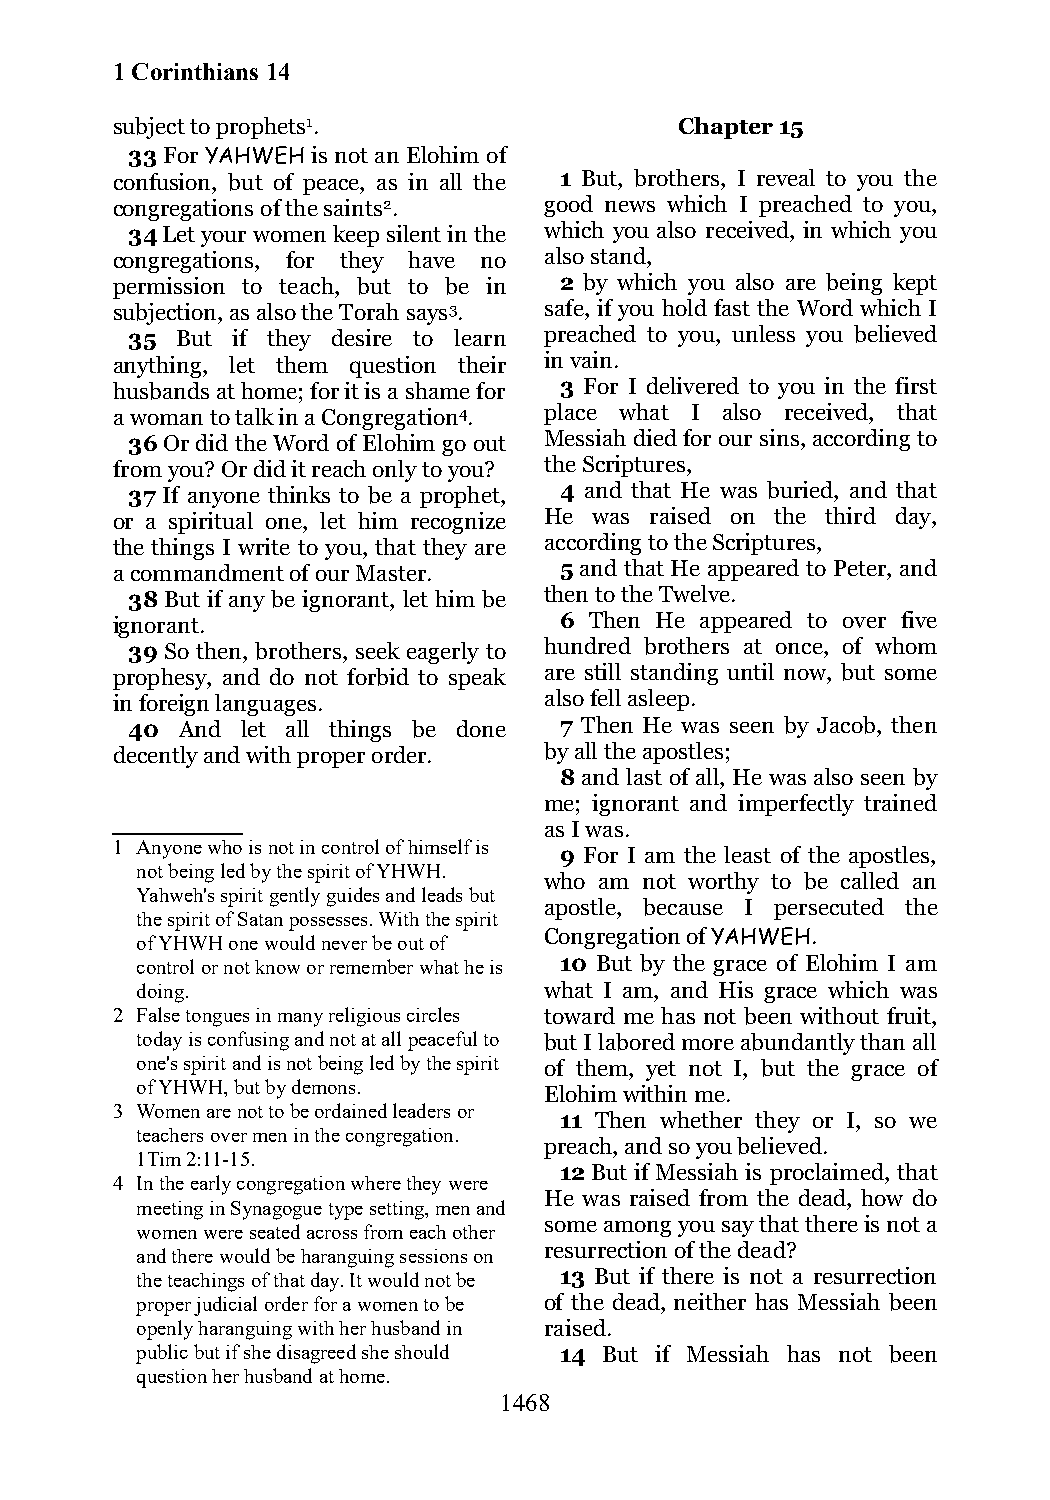
1 Corinthians 14
 subject to prophets1.                 Chapter 15
 33 For YAHWEH is not an Elohim of
 confusion, but of peace, as in all the 1 But, brothers, I reveal to you the
 congregations of the saints2. good news which I preached to you,
 34 Let your women keep silent in the which you also received, in which you
 congregations, for they have no also stand,
 permission to teach, but to be in 2 by which you also are being kept
 subjection, as also the Torah says3. safe, if you hold fast the Word which I
 35  But if they desire to learn preached to you, unless you believed
 anything, let them question their in vain.
 husbands at home; for it is a shame for 3 For I delivered to you in the first
 a woman to talk in a Congregation4. place what I also received, that
 36 Or did the Word of Elohim go out Messiah died for our sins, according to
 from you? Or did it reach only to you? the Scriptures,
 37 If anyone thinks to be a prophet, 4 and that He was buried, and that
 or a spiritual one, let him recognize He was raised on the third day,
 the things I write to you, that they are according to the Scriptures,
 a commandment of our Master.  5 and that He appeared to Peter, and
 38 But if any be ignorant, let him be then to the Twelve.
 ignorant.                     6 Then He appeared to over five
 39 So then, brothers, seek eagerly to hundred brothers at once, of whom
 prophesy, and do not forbid to speak are still standing until now, but some
 in foreign languages.        also fell asleep.
 40  And let all things be done 7 Then He was seen by Jacob, then
 decently and with proper order. by all the apostles;
 8 and last of all, He was also seen by
 me; ignorant and imperfectly trained
 as I was.
 1 Anyone who is not in control of himself is
 9 For I am the least of the apostles,
 not being led by the spirit of YHWH.
 who am not worthy to be called an
 Yahweh's spirit gently guides and leads but
 apostle, because I persecuted the
 the spirit of Satan possesses. With the spirit
 of YHWH one would never be out of
 Congregation of YAHWEH.
 control or not know or remember what he is 10 But by the grace of Elohim I am
 doing.                     what I am, and His grace which was
 2 False tongues in many religious circles toward me has not been without fruit,
 today is confusing and not at all peaceful to but I labored more abundantly than all
 one's spirit and is not being led by the spirit of them, yet not I, but the grace of
 of YHWH, but by demons.    Elohim within me.
 3 Women are not to be ordained leaders or
 11 Then whether they or I, so we
 teachers over men in the congregation.
 preach, and so you believed.
 1Tim 2:11-15.
 12 But if Messiah is proclaimed, that
 4 In the early congregation where they were
 He was raised from the dead, how do
 meeting in Synagogue type setting, men and
 some among you say that there is not a
 women were seated across from each other
 resurrection of the dead?
 and there would be haranguing sessions on
 the teachings of that day. It would not be 13 But if there is not a resurrection
 proper judicial order for a women to be of the dead, neither has Messiah been
 openly haranguing with her husband in raised.
 public but if she disagreed she should 14 But if Messiah has not been
 question her husband at home.
 1468